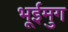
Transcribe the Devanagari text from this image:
भूईमुग